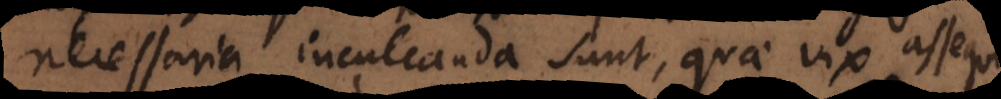
necessaria inculcanda sunt, quae vix assequi